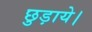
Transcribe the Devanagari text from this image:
छुड़ाये।